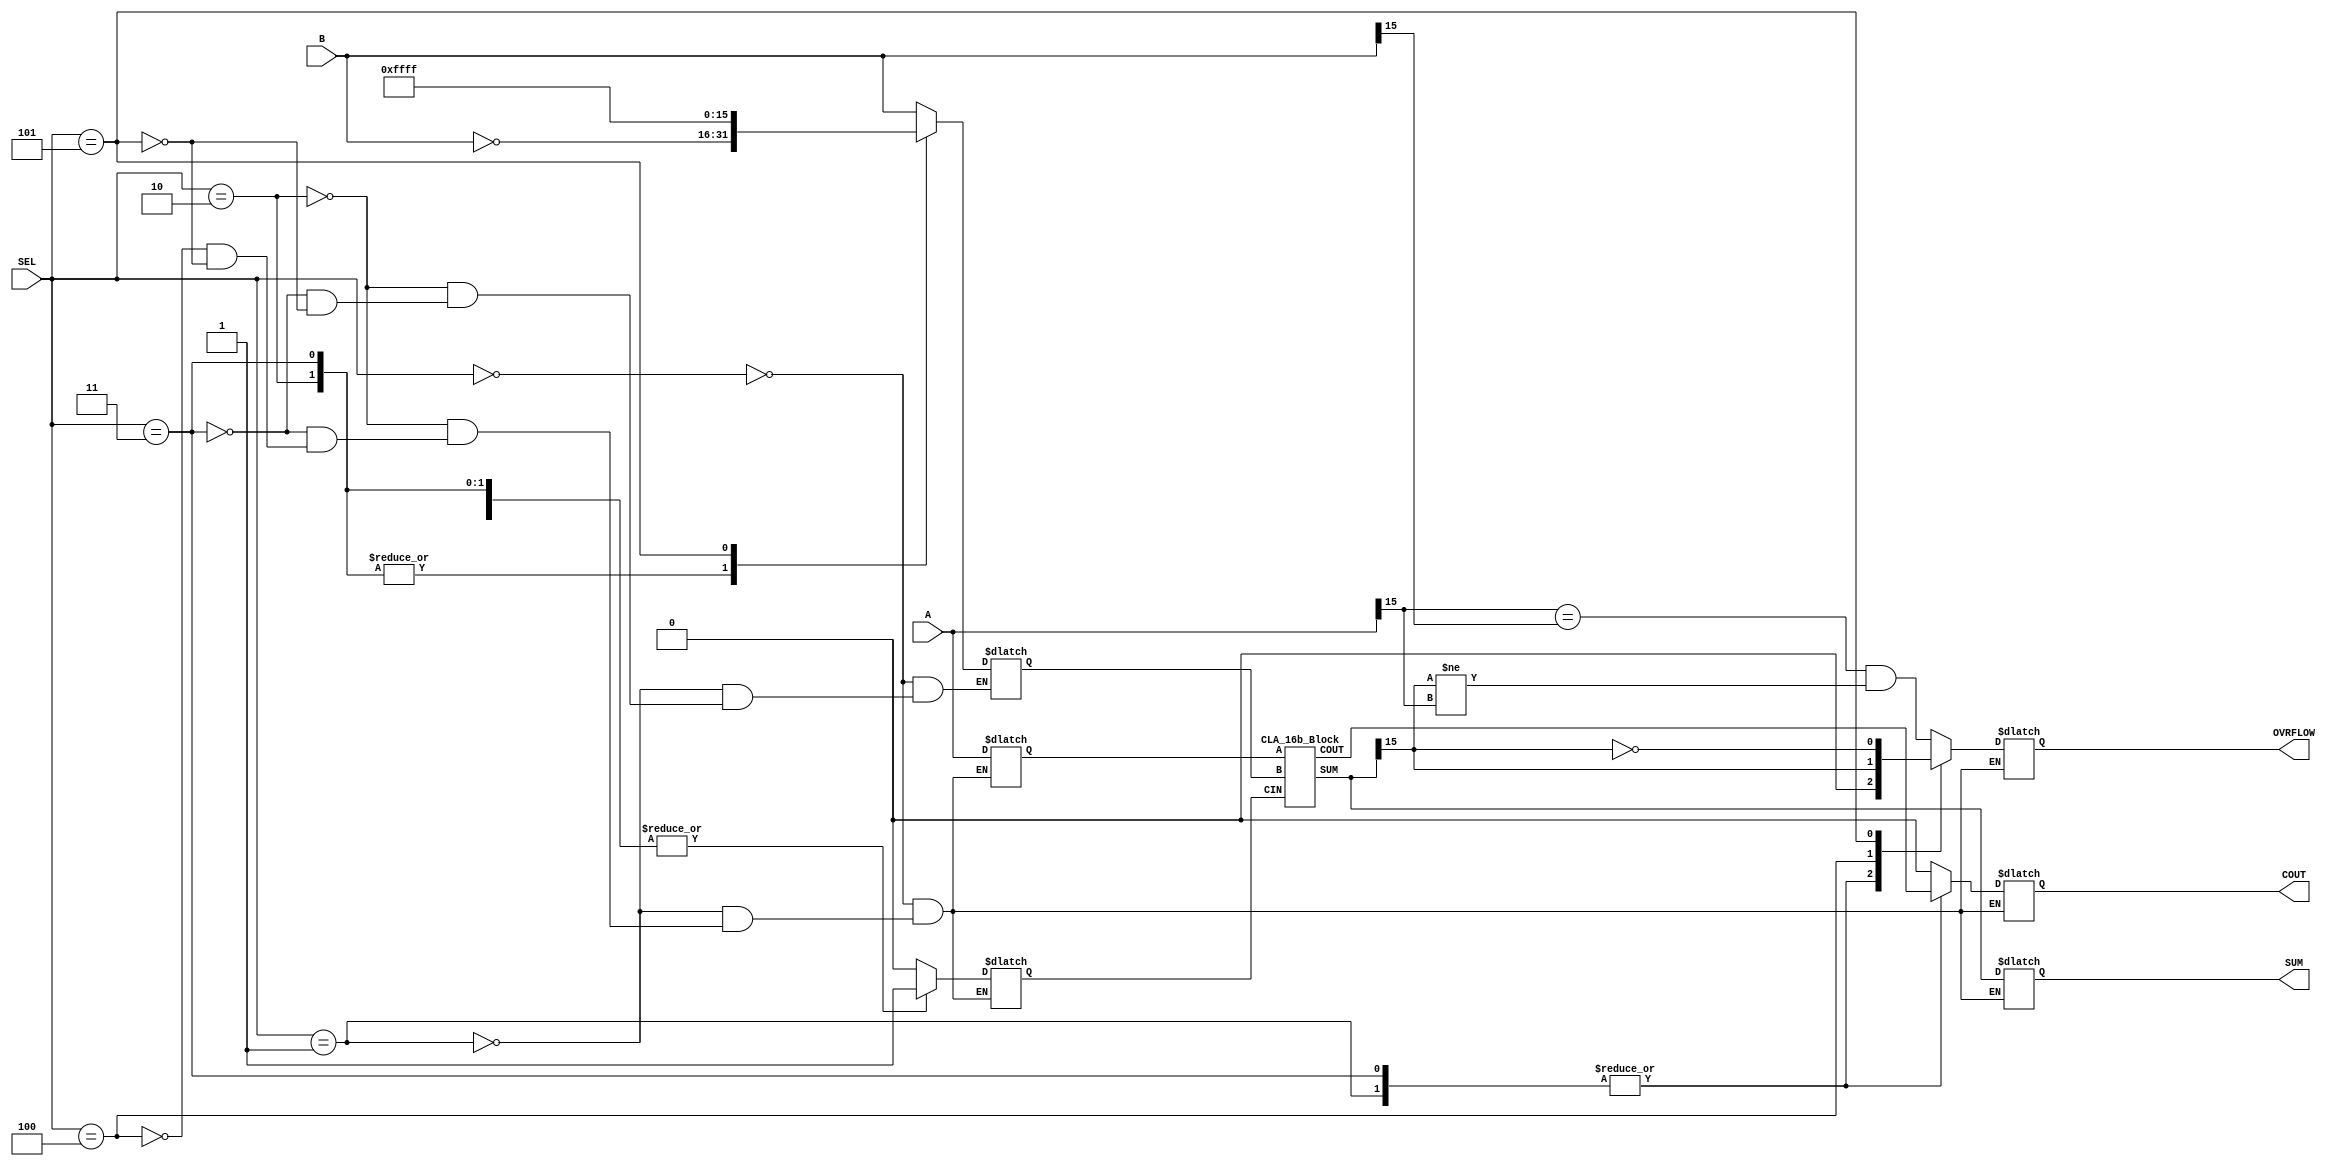
module adder_block(A, B, SEL, SUM, COUT, OVRFLOW);
  input[15:0] A, B;
  input[2:0] SEL;
  output [15:0] SUM;
  output OVRFLOW, COUT;
  reg[15:0] a_in, b_in, sum;
  reg cin, ovr, co;
  assign {OVRFLOW, COUT} = {ovr, co};
  assign SUM = sum;
  wire[15:0] sum_w;
  CLA_16b_Block adder(a_in, b_in, cin, sum_w, cout);
  always @(A or B or SEL)
    begin
      case(SEL)
        3'b000: //signed addition
          begin
	    a_in <= A;
	    b_in <= B;
	    cin <= 0;
	    #10 sum <= sum_w;
	    ovr <= (A[15]==B[15] & (sum_w[15] != A[15])); 
	    co <= 0;
          end
        3'b001: //unsigned addition
          begin
	    a_in <= A;
	    b_in <= B;
	    cin <= 0;
	    #10 co <= cout;
	    sum <= sum_w;
	    ovr <= 0; 
          end
        3'b010: //signed subtraction
          begin
	    a_in <= A;
	    b_in <= ~B;
	    cin <= 1;
	    #10 sum <= sum_w;
	    ovr <= (A[15]==B[15] & (sum_w[15] != A[15]));
            co <= 0;
          end
        3'b011: //unsigned subtraction
          begin
	    a_in <= A;
	    b_in <= ~B;
	    cin <= 1;
	    #10 co <= cout;
	    sum <= sum_w;
	    ovr <= 0;
          end
        3'b100: //signed increment
          begin
	    a_in <= A;
	    cin <= 1;
	    #10 sum <= sum_w;
	    ovr <= ((sum_w[15] == 1'b1));
            co <= 0;
          end
        3'b101: //signed decrement
          begin
	    a_in <= A;
	    b_in <= -1;
	    cin <= 0;
	    #10 sum <= sum_w;
	    ovr <= ((sum_w[15] == 1'b0));
            co <= 0;
          end
      endcase
    end
endmodule

module CLA_4b_Block(A, B, CIN, SUM, PG, GG);
  input[3:0] A, B;
  input CIN;
  output[3:0] SUM;
  output PG, GG;
  wire[3:0] P, G;
  wire C1, C2, C3;
  assign P = A ^ B;
  assign G = A & B;
  assign C1 = G[0] | (P[0] & CIN);
  assign C2 = G[1] | (P[1] & C1);
  assign C3 = G[2] | (P[2] & C2);
  assign SUM = P ^ {C3, C2, C1, CIN};
  assign GG = (G[3] | (P[3] & G[2]) | (P[3] & P[2] & G[1]) | (P[3] & P[2] & P[1] & G[0]));
  assign PG = (&P);
  

endmodule

module CLA_16b_Block(A, B, CIN, SUM, COUT);
  input[15:0] A, B;
  input CIN;
  output[15:0] SUM;
  output COUT;
  wire PG0, PG4, PG8, PG12; 
  wire GG0, GG4, GG8, GG12;
  wire block1_cin, block2_cin, block3_cin;
  assign block1_cin = (GG0 | (PG0 & CIN));
  assign block2_cin = (GG4 | (PG4 & block1_cin));
  assign block3_cin = (GG8 | (PG8 & block2_cin));
  assign COUT = (GG12 | (PG12 & block3_cin));
  CLA_4b_Block block0(A[3:0], B[3:0], CIN, SUM[3:0], PG0, GG0);
  CLA_4b_Block block1(A[7:4], B[7:4], block1_cin, SUM[7:4], PG4, GG4);
  CLA_4b_Block block2(A[11:8], B[11:8], block2_cin, SUM[11:8], PG8, GG8);
  CLA_4b_Block block3(A[15:12], B[15:12], block3_cin, SUM[15:12], PG12, GG12);
 // always @(A or B or CIN)
  //  begin
    //$display("A = %b, %d B = %b, %d CIN = %d \n", A, A, B, B, CIN);
    //#5 $display("Total = %d, %b", {COUT, SUM}, {COUT, SUM});
 //   end
endmodule